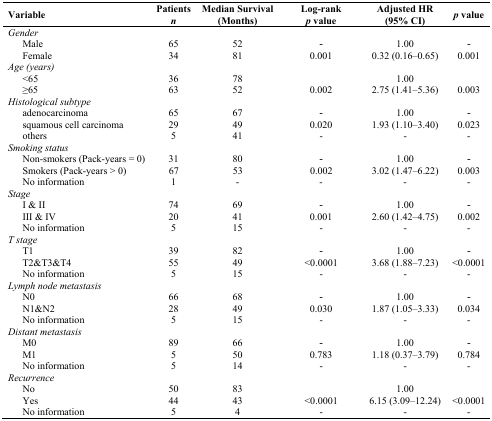
<table><thead><tr><td><b>Variable</b></td><td><b>Patients <i>n</i></b></td><td><b>Median Survival (Months)</b></td><td><b>Log-rank <i>p</i> value</b></td><td><b>Adjusted HR (95% CI)</b></td><td><b><i>p</i> value</b></td></tr></thead><tbody><tr><td colspan="6"><i>Gender</i></td></tr><tr><td> Male</td><td>65</td><td>52</td><td>-</td><td>1.00</td><td>-</td></tr><tr><td> Female</td><td>34</td><td>81</td><td>0.001</td><td>0.32 (0.16–0.65)</td><td>0.001</td></tr><tr><td colspan="6"><i>Age (years)</i></td></tr><tr><td> &lt;65</td><td>36</td><td>78</td><td></td><td>1.00</td><td></td></tr><tr><td> ≥65</td><td>63</td><td>52</td><td>0.002</td><td>2.75 (1.41–5.36)</td><td>0.003</td></tr><tr><td colspan="6"><i>Histological subtype</i></td></tr><tr><td> adenocarcinoma</td><td>65</td><td>67</td><td>-</td><td>1.00</td><td>-</td></tr><tr><td> squamous cell carcinoma</td><td>29</td><td>49</td><td>0.020</td><td>1.93 (1.10–3.40)</td><td>0.023</td></tr><tr><td> others</td><td>5</td><td>41</td><td>-</td><td>-</td><td>-</td></tr><tr><td colspan="6"><i>Smoking status</i></td></tr><tr><td> Non-smokers (Pack-years = 0)</td><td>31</td><td>80</td><td>-</td><td>1.00</td><td>-</td></tr><tr><td> Smokers (Pack-years &gt; 0)</td><td>67</td><td>53</td><td>0.002</td><td>3.02 (1.47–6.22)</td><td>0.003</td></tr><tr><td> No information</td><td>1</td><td>-</td><td>-</td><td>-</td><td>-</td></tr><tr><td colspan="6"><i>Stage</i></td></tr><tr><td> I &amp; II</td><td>74</td><td>69</td><td>-</td><td>1.00</td><td>-</td></tr><tr><td> III &amp; IV</td><td>20</td><td>41</td><td>0.001</td><td>2.60 (1.42–4.75)</td><td>0.002</td></tr><tr><td> No information</td><td>5</td><td>15</td><td>-</td><td>-</td><td>-</td></tr><tr><td colspan="6"><i>T stage</i></td></tr><tr><td> T1</td><td>39</td><td>82</td><td>-</td><td>1.00</td><td>-</td></tr><tr><td> T2&amp;T3&amp;T4</td><td>55</td><td>49</td><td>&lt;0.0001</td><td>3.68 (1.88–7.23)</td><td>&lt;0.0001</td></tr><tr><td> No information</td><td>5</td><td>15</td><td>-</td><td>-</td><td>-</td></tr><tr><td colspan="6"><i>Lymph node metastasis</i></td></tr><tr><td> N0</td><td>66</td><td>68</td><td>-</td><td>1.00</td><td>-</td></tr><tr><td> N1&amp;N2</td><td>28</td><td>49</td><td>0.030</td><td>1.87 (1.05–3.33)</td><td>0.034</td></tr><tr><td> No information</td><td>5</td><td>15</td><td>-</td><td>-</td><td>-</td></tr><tr><td colspan="6"><i>Distant metastasis</i></td></tr><tr><td> M0</td><td>89</td><td>66</td><td>-</td><td>1.00</td><td>-</td></tr><tr><td> M1</td><td>5</td><td>50</td><td>0.783</td><td>1.18 (0.37–3.79)</td><td>0.784</td></tr><tr><td> No information</td><td>5</td><td>14</td><td>-</td><td>-</td><td>-</td></tr><tr><td colspan="6"><i>Recurrence</i></td></tr><tr><td> No</td><td>50</td><td>83</td><td></td><td>1.00</td><td></td></tr><tr><td> Yes</td><td>44</td><td>43</td><td>&lt;0.0001</td><td>6.15 (3.09–12.24)</td><td>&lt;0.0001</td></tr><tr><td> No information</td><td>5</td><td>4</td><td>-</td><td>-</td><td>-</td></tr></tbody></table>